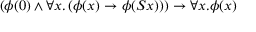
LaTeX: ( \phi ( 0 ) \land \forall x . \, ( \phi ( x ) \to \phi ( S x ) ) ) \to \forall x . \phi ( x )